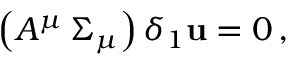
\left( { \cal A } ^ { \mu } \, \Sigma _ { \mu } \right) \delta _ { 1 } { \bf u } = 0 \, ,